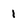
Character: I